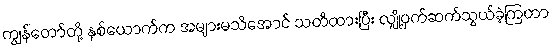
ကျွန်တော်တို့ နှစ်ယောက်က အများမသိအောင် သတိထားပြီး လျှို့ဝှက်ဆက်သွယ်ခဲ့ကြတာ